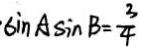
\cdot \sin A \sin B = \frac { 3 } { 4 }